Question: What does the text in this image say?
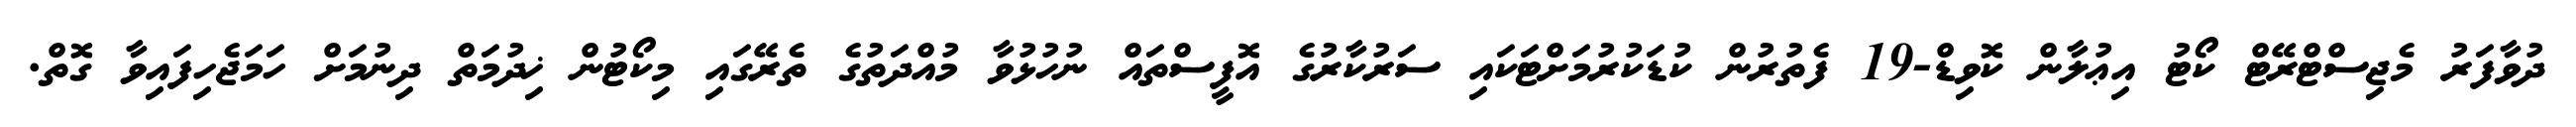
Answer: ދުވާފަރު މެޖިސްޓްރޭޓް ކޯޓު އިޢުލާން ކޮވިޑް-19 ފެތުރުން ކުޑަކުރުމަށްޓަކައި ސަރުކާރުގެ އޮފީސްތައް ނުހުޅުވާ މުއްދަތުގެ ތެރޭގައި މިކޯޓުން ޚިދުމަތް ދިނުމަށް ހަމަޖެހިފައިވާ ގޮތް.